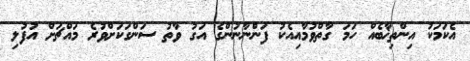
އެކަމަކު އިންތިޚާބެއް ހަމަ ގާތްވުމާއިއެކު ފަންނާނުންގެ އަގު ވާތު ސަންގަކަށްވުރެ މައްޗަށް އުފުލި